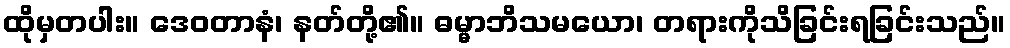
ထိုမှတပါး။ ဒေဝတာနံ၊ နတ်တို့၏။ ဓမ္မာဘိသမယော၊ တရားကိုသိခြင်းရခြင်းသည်။